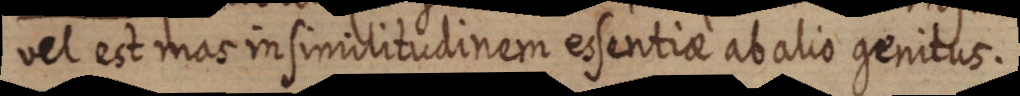
vel est mas in similitudinem essentiae abalio genitus.